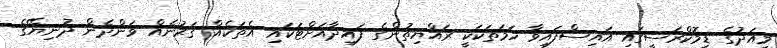
މިއަދުގެ ޑިމޮކްރަސީގައި އައިސްފައިވާ ހަމަތަކަކީ ރައްޔިތުންގެ ފައިދާއަށްޓަކައި އެތަކެއް ގަރުނެއް ވަންދެން ދުނިޔޭގެ